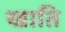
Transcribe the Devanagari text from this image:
खाति